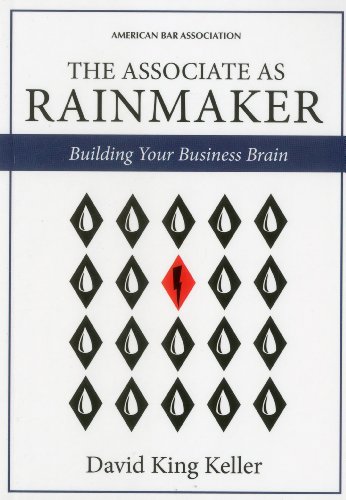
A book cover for The Associate as Rainmaker: Building Your Business Brain; David King Keller; Law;